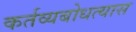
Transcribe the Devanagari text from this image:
कर्तव्यबोधत्यास